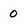
Character: 0